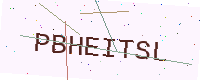
Text: PBHEITSL